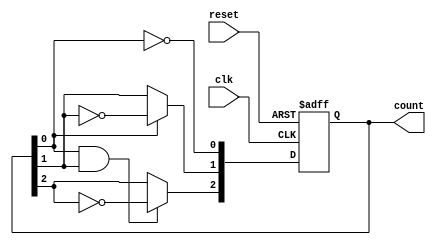
module ripple_counter (
    input wire clk,        // Clock signal
    input wire reset,      // Asynchronous reset signal
    output reg [2:0] count // 3-bit counter output
);

    // Always block triggered by the clock and reset signals
    always @(posedge clk or posedge reset) begin
        if (reset) begin
            count <= 3'b000; // Reset the counter to 0
        end else begin
            // Ripple counter logic
            count[0] <= ~count[0]; // Toggle LSB
            count[1] <= count[0] ? ~count[1] : count[1]; // Toggle next bit if LSB is high
            count[2] <= (count[0] & count[1]) ? ~count[2] : count[2]; // Toggle MSB if both LSB and middle bit are high
        end
    end

endmodule